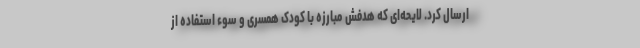
ارسال کرد. لایحه‌ای که هدفش مبارزه با کودک همسری و سوء استفاده از